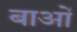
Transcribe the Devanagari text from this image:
बाओं